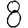
Digit: 8